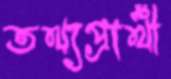
তথ্যপ্রার্থী